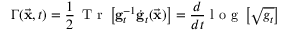
\Gamma ( \vec { \bf x } , t ) = \frac { 1 } { 2 } \, \mathrm { ~ T ~ r ~ } \left[ { \bf g } _ { t } ^ { - 1 } \dot { \bf g } _ { t } ( \vec { \bf x } ) \right] = \frac { d } { d t } \mathrm { ~ l ~ o ~ g ~ } \left[ \sqrt { g _ { t } } \right]